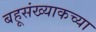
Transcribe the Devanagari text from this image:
बहूसंख्याकच्या